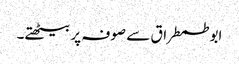
ابو طمطراق سے صوفہ پر بیٹھتے۔